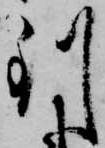
到